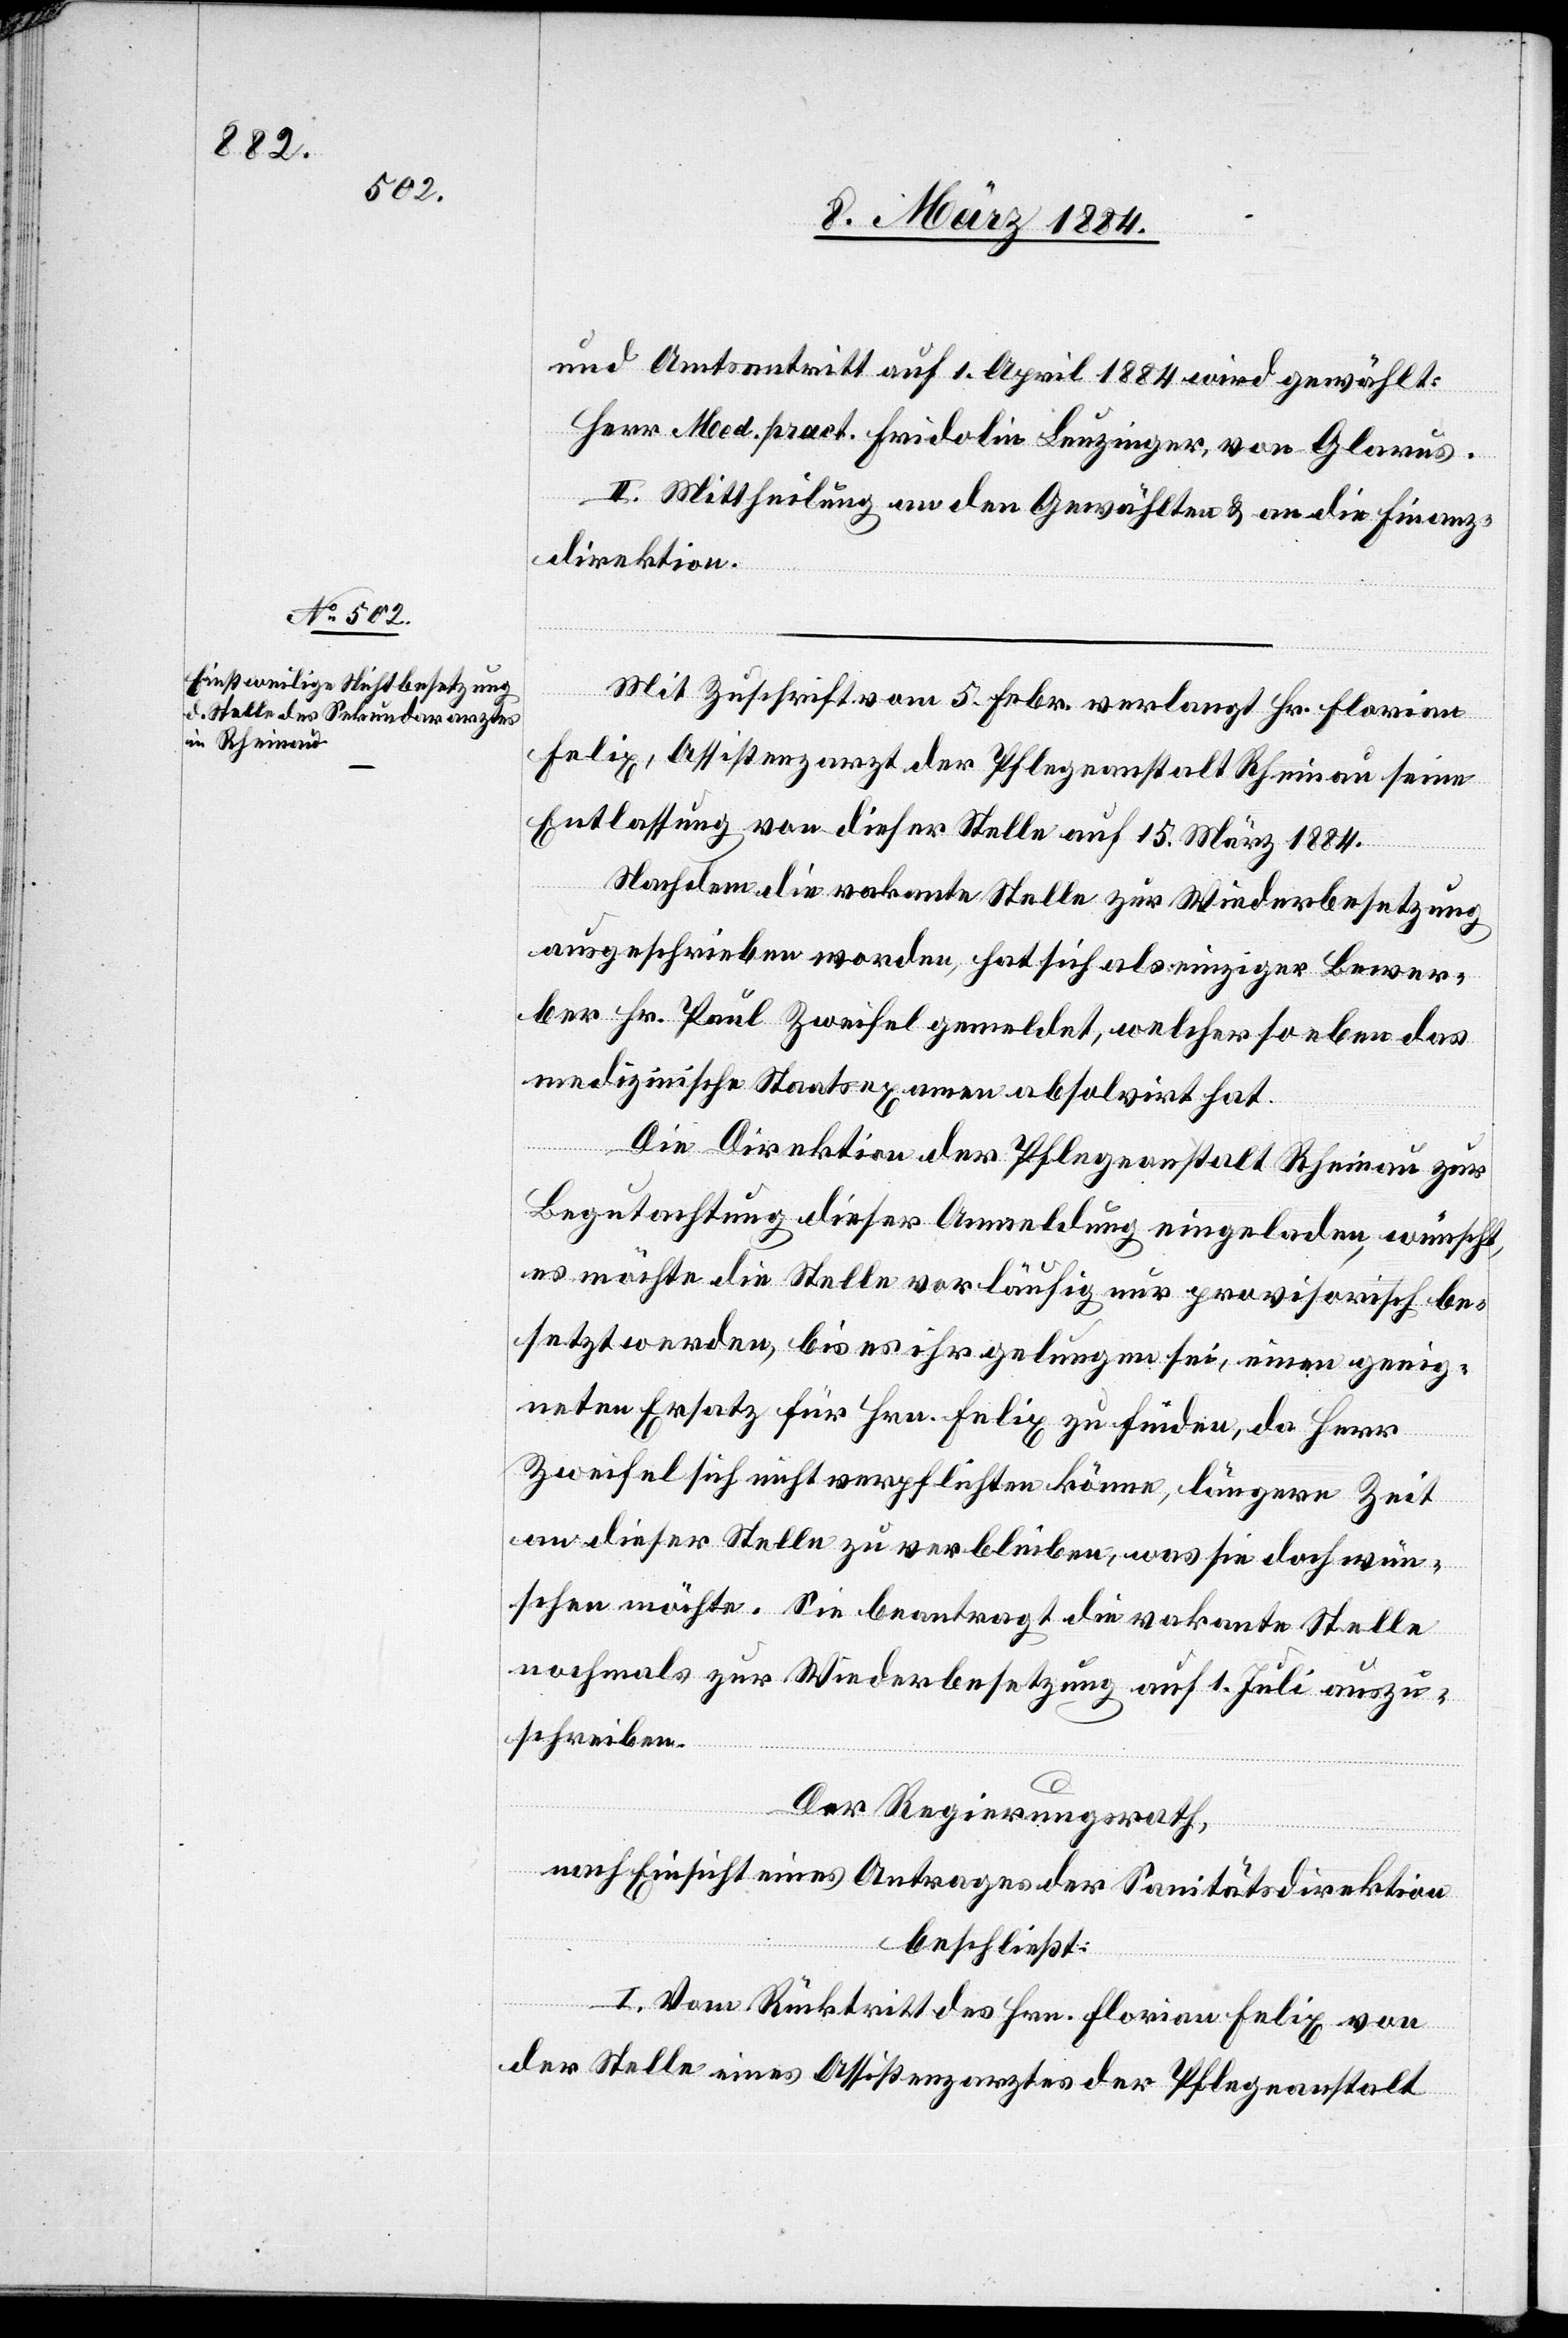
und Amtsantritt auf 1. April 1884 wird gewählt:
Herr Med. pract. Fridolin Lenzinger, von Glarus.
II. Mittheilung an den Gewählten & an die Finanz¬
direktion.
Mit Zuschrift vom 5. Febr. verlangt Hr. Florian
Felix, Assistentsarzt der Pflegeanstalt Rheinau seine
Entlassung von dieser Stelle auf 15. März 1884.
Nachdem die vakante Stelle zur Wiederbesetzung
ausgeschrieben worden, hat sich als einziger Bewer¬
ber Hr. Paul Zweifel gemeldet, welcher so eben das
medizinische Staatsexamen absolvirt hat.
Die Direktion der Pflegeanstalt Rheinau zur
Begutachtung dieser Anmeldung eingeladen, wünscht,
es möchte die Stelle vorläufig nur provisorisch be¬
setzt werden, bis es ihr gelungen sei, einen geeig¬
neten Ersatz für Hrn. Felix zu finden, da Herr
Zweifel sich nicht verpflichten könne, längerer Zeit
an dieser Stelle zu verbleiben, was sie doch wün¬
schen möchte. Sie beantragt die vakante Stelle
nochmals zur Wiederbesetzung auf 1. Juli auszu¬
schreiben.
Der Regierungsrath,
nach Einsicht eines Antrages der Sanitätsdirektion,
beschließt:
I. Vom Rücktritt des Hrn. Florian Felix von
der Stelle eines Assistentsarztes der Pflegeanstalt